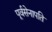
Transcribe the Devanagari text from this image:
पूर्वसेनापति